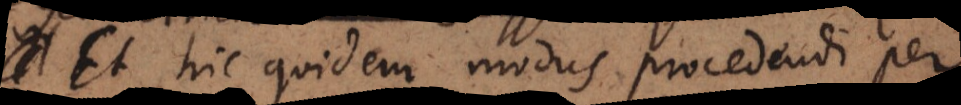
Et hic quidem modus procedendi per